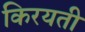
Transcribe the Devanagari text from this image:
किरयती